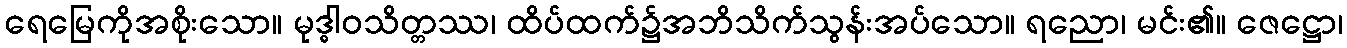
ရေမြေကိုအစိုးသော။ မုဒ္ဓါဝသိတ္တဿ၊ ထိပ်ထက်၌အဘိသိက်သွန်းအပ်သော။ ရညော၊ မင်း၏။ ဇေဋ္ဌော၊